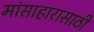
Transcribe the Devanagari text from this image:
मांसाहारासाठी